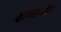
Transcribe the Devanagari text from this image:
दामलचेरू